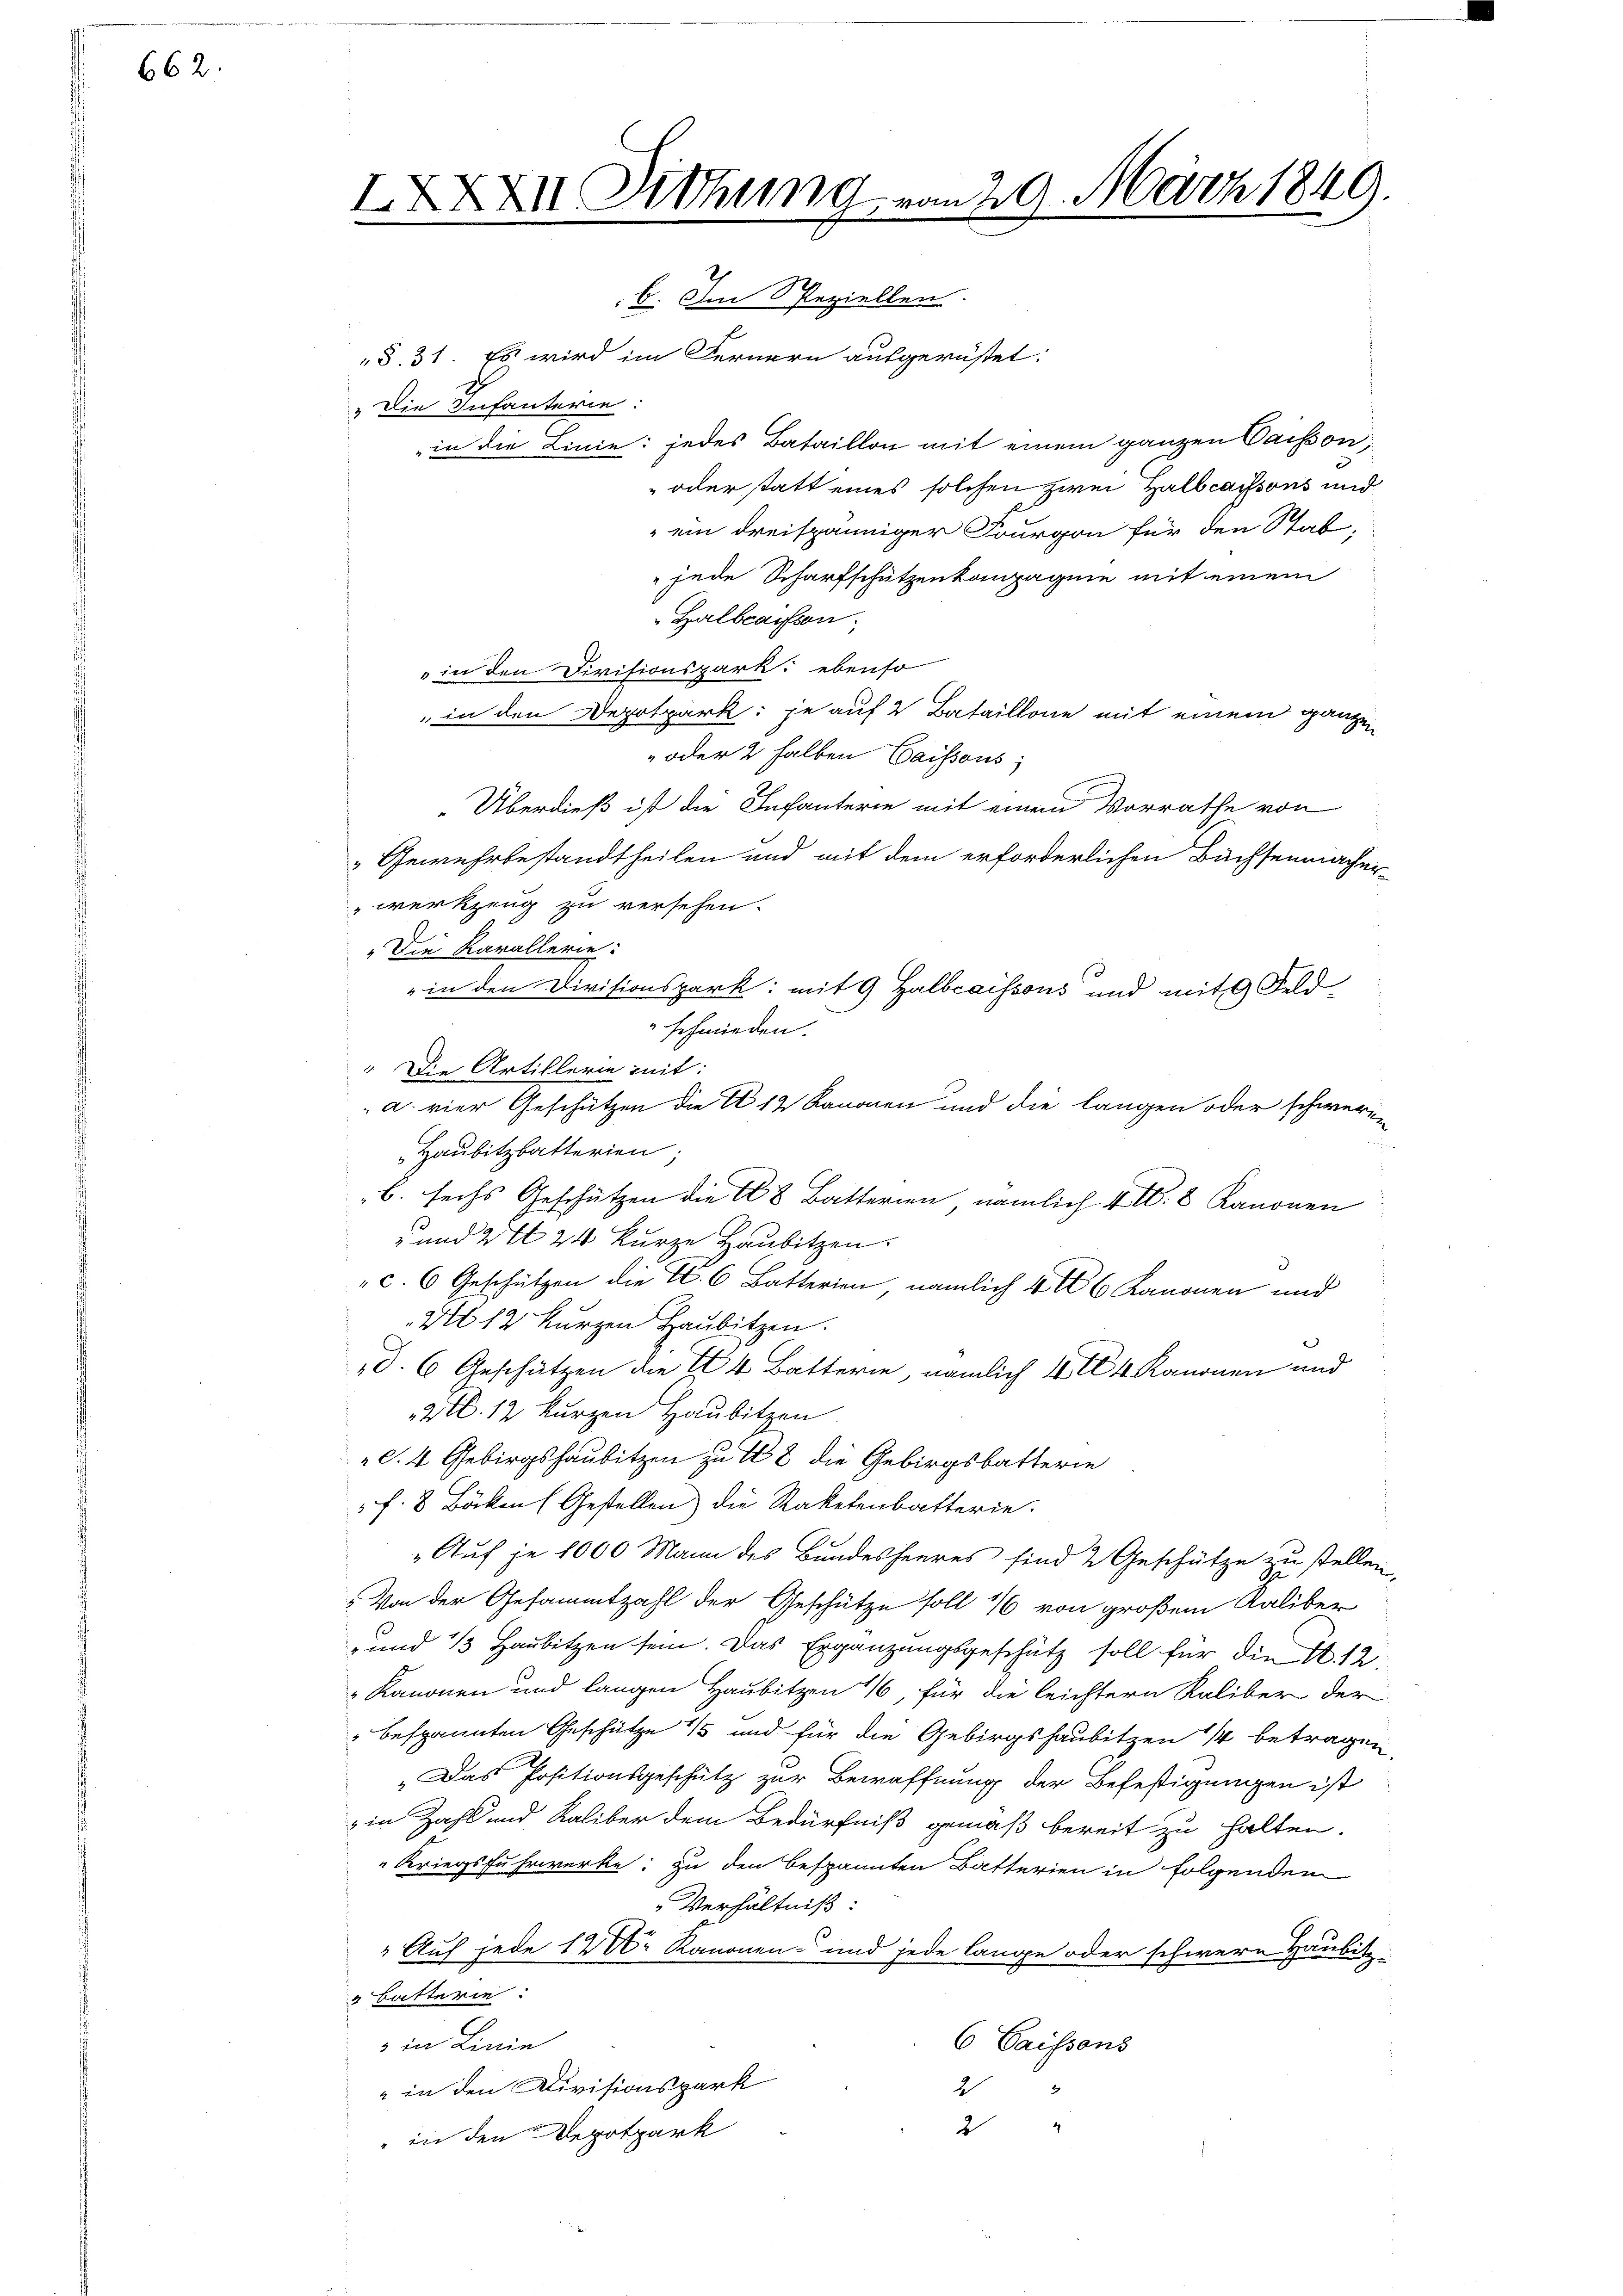
662.

IXXXII Dithung in
|

229. März 1849.

b. Im Speziellen.
"§. 31. Es wird im Fernern ausgerüstet:
"Die Infanterie:
in die Linie: jedes Bataillon mit einem ganzen Passon,
oder statt eines solchen zwei Halbcaissons und
"ein dreispänniger Fourgon für den Stab,
 jede Scharfschützenkompagnie mit einem
Zalbcaissen.
" in den Divisionspark. ebenso
" in den Depotpark: je auf 2 Bataillone mit einem ganzen
„oder 2 halben Caissous;
„Überdieß ist die Infanterie mit einem Vorrathe von
Gewehrbestandtheilen und mit dem erforderlichen Bachsenmachen
werkzeug zu versehen.
2
"Die Karallerie:
" in den Divisionspark: mit 9 Halbcaissous und mit 9 Feld
"schmieden.
" Die Artillerin mit:
a. vier Geschützen die A 12 Kanonen und die langen oder schweren
Haubitzbatterien;
B. sechs Geschützen die 28 Batterien nämlich 4 N: 8 Kanonen
 und 2t 24 kurze Haubitzen.
" c. 6 Geschützen die S. 6 Batterien nämlich 406 Kanonen und
No 12 kurzen Haubitzen.
"d. 6 Geschätzen die 24 Batterie, nämlich 14 Kanonen und
Vtl. 12 kurzen Haubitzen.
"d. 4 Gebirgshaubitzen zu 18 die Gebirgsbatterie
f. 8 Böcken (Gestellen) die Raketenbatterie.
„Auf je 1000 Mann des Bundesheeres sind 2 Geschütze zu stellen
Von der Gesammtzahl der Geschütze soll 16 von großem Kaliber
und 1/3 Haubitzen sein. Das Ergänzungsgeschütz soll für die S. 12
" Kanonen und langen Haubitzen 1, für die leichtern Kaliber der
" bespannten Geschütze 15 und für die Gebirgshaubitzen 1 betragen
„Das Positionsgeschütz zur Bewaffnung der Befestigungen ist
in Zahl und Kaliber dem Bedürfniß gemäß bereit zu halten.
"Kriegsfuhrwerke: zu den bespannten Batterien in Folgenden
" Verhältniß:
" Auf jede 12 Xr Kanonen- und jede lange oder schwere Hausitz
 Batterie
6 Saissens
 in Linie
" in den Divisionspark
2
d
2
" in den Depotpark